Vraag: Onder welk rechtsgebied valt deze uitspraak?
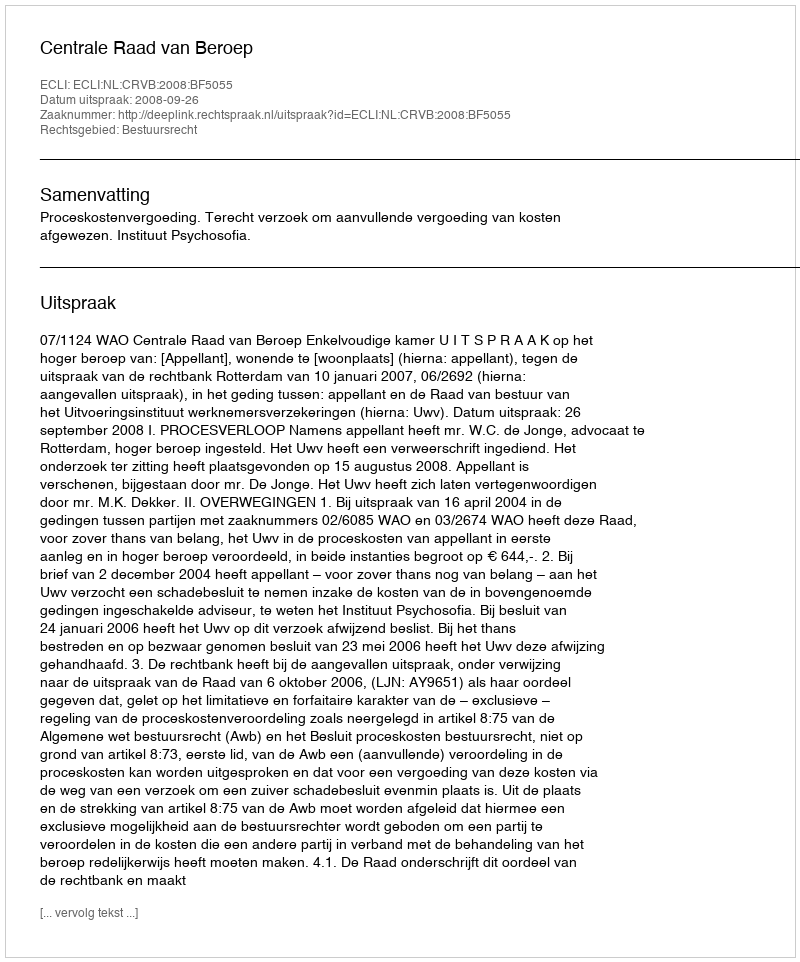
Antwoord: Bestuursrecht